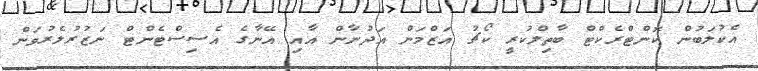
އެކުލަބުން ކޮންޓްރެކްޓް ބާތިލްކުރީ ކޯޗު އަޒްމަން އަދުނާން އާއި އޭނާގެ އެސިސްޓެންޓް ނަޒުރުލެރުވަން